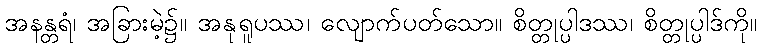
အနန္တရံ၊ အခြားမဲ့၌။ အနုရူပဿ၊ လျောက်ပတ်သော။ စိတ္တုပ္ပါဒဿ၊ စိတ္တုပ္ပါဒ်ကို။